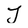
Character: J